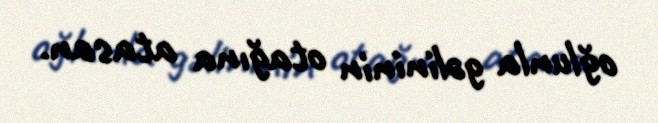
oğlunla gəlininin otağına atasan.